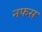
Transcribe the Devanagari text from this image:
नफस